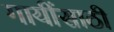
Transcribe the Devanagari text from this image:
गायींसाठी